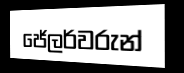
ජේලර්වරුන්